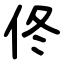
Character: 佟